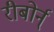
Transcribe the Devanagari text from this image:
रीबोर्न्